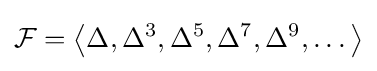
{\mathcal {F}}=\left\langle \Delta ,\Delta ^{3},\Delta ^{5},\Delta ^{7},\Delta ^{9},\dots \right\rangle